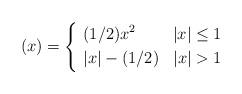
LaTeX: \begin{align*}(x) = \left\{\begin{aligned} &(1/2)x^2 & |x| \leq 1 \\\ &|x| - (1/2) & |x| > 1 \end{aligned} \right.\end{align*}